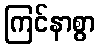
ကြင်နာစွာ